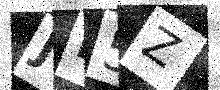
Text: JH5Z